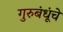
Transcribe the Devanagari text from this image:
गुरुबंधूंचे